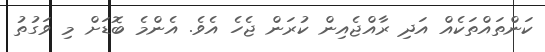
ކަންތައްތަކެއް އަދި ރާއްޖެއިން ކުރަން ޖެހެ އެވެ. އެންމެ ބޮޑަށް މި ވަގުތު